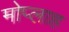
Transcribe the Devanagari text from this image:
मोप्लाह